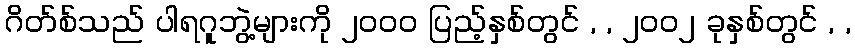
ဂိတ်စ်သည် ပါရဂူဘွဲ့များကို ၂၀၀၀ ပြည့်နှစ်တွင် , , ၂၀၀၂ ခုနှစ်တွင် , ,